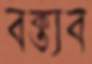
বক্ত্যব